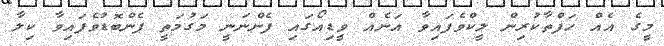
މީގެ އެއް ހަފްތާކުރިން ލީކްވެފައިވާ އަނެއް ވީޑިއޯގައި ފެންނަނީ މަގުމަތީ ފެންބޮޑުވެފައިވާ ކިލާ